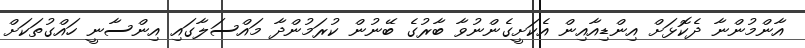
އާންމުންނާ ދެކޮޅަށް އިންޑިއާއިން އެކަށީގެންނުވާ ބާރުގެ ބޭނުން ކުރަމުންދާ މައްސަލާގައި އިންސާނީ ހައްގުތަކަށް